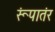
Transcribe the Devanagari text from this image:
रूंपातंर